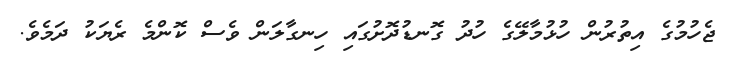
ޖެހުމުގެ އިތުރުން ހުޅުމާލޭގެ ހުދު ގޮނޑުދޮށުގައި ހިނގާލަން ވެސް ކޮންމެ ރެޔަކު ދަމެވެ.